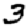
Digit: 3